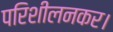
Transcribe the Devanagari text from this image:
परिशीलनकर।